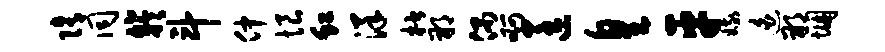
隋同竽斗仲恨虹洋楷朔偶啊匡皇平娥迫朔悃